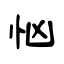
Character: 忷